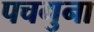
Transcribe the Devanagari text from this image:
पचगुना